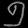
Digit: ၅